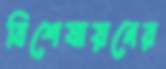
বিশেষায়নের